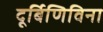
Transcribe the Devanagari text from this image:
दूर्बिणिविना